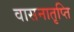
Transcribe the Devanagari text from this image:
वासनातृप्ति